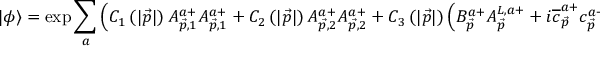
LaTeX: | \phi \rangle = \exp \sum _ { a } \left( C _ { 1 } \left( \left| \vec { p } \right| \right) A _ { \vec { p } , 1 } ^ { a + } A _ { \vec { p } , 1 } ^ { a + } + C _ { 2 } \left( \left| \vec { p } \right| \right) A _ { \vec { p } , 2 } ^ { a + } A _ { \vec { p } , 2 } ^ { a + } + C _ { 3 } \left( \left| \vec { p } \right| \right) \left( B _ { \vec { p } } ^ { a + } A _ { \vec { p } } ^ { L , a + } + i \overline { { { c } } } _ { \vec { p } } ^ { a + } c _ { \vec { p } } ^ { a + } \right) \right) \mid 0 \rangle